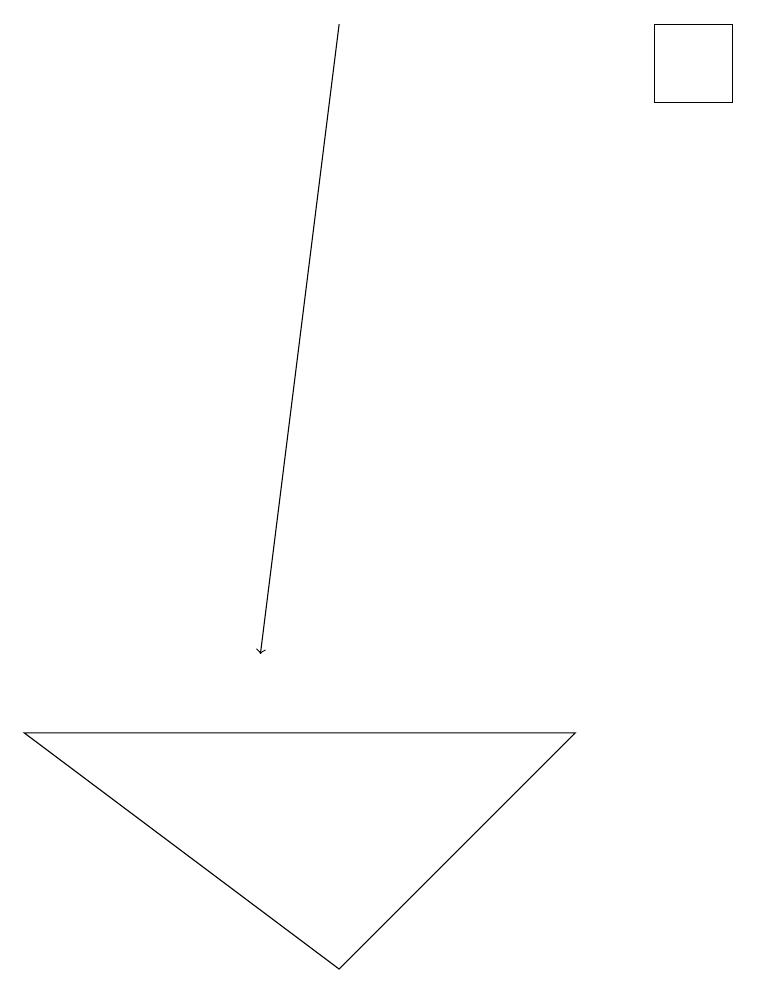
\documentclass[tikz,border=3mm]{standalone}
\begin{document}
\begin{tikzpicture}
\draw (9,17) rectangle (8,18);
\draw (7,9) -- (4,6) -- (0,9) -- cycle;
\draw[->] (4,18) -- (3,10);
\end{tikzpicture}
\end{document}